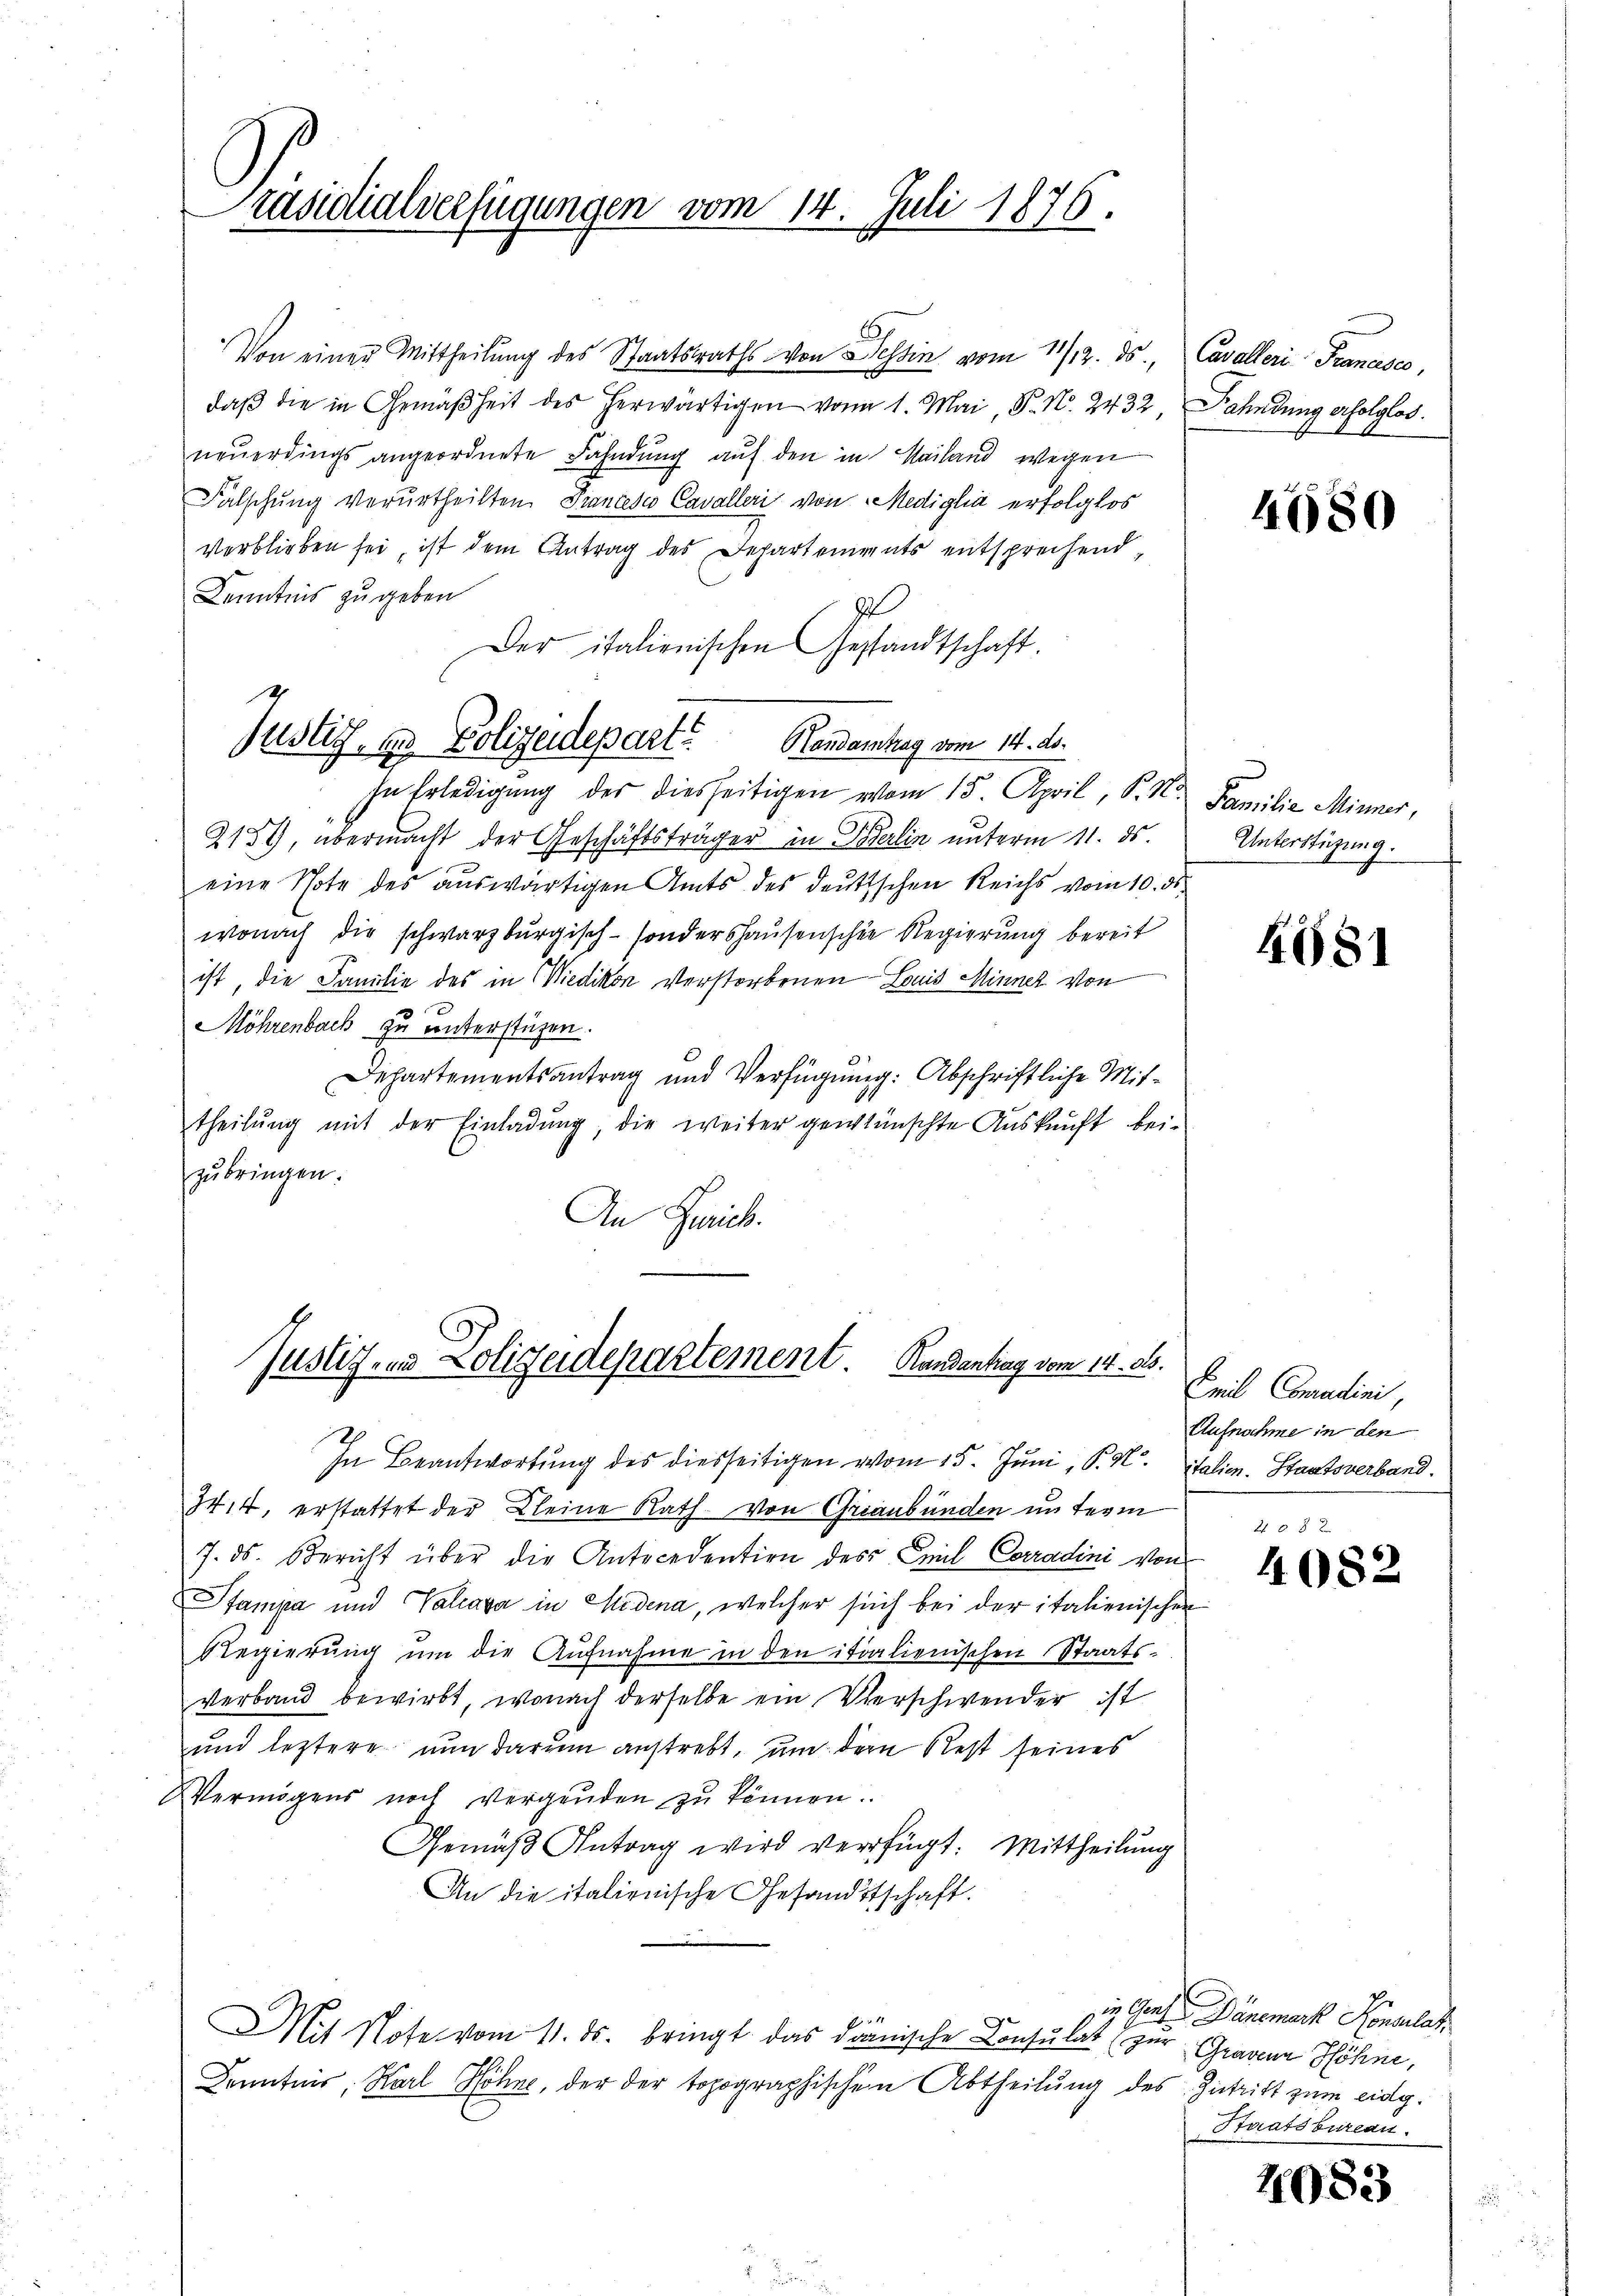
.
Präsidialverfügungen vom 14. Juli 1876.

Von einen Mittheilung des Staatsraths von Tessin vom 11/12. ds., Cavalleri Francesco,
daβ die in Gemäßheit des herwärtigen von 1. Mai, P. N. 2432, Fahndung erfolglos.
neŭerdings angeordnete Fahndŭng aŭf den in Mailand wegen
Falschung verurtheilten Francese Cavalleri von Mediglia erfolglos
verblieben sei, ist dem Antrag des Departements entsprechend,
Kenntnis zu geben
9
Der italienischen Gestandtschaft.
In Erledigung der diesseitigen vom 15. April, P. Nr. Familie Minner,
2189, übermacht der Geschäftsträger in Berlin unterm 11. ds. Unterstigung.
eine Phote des auswärtigen Amts des deutischen Reichs vom 10. ds.
wonach die schwarzburgisch-sondershausenschen Regierung bereit
ist, die Familie des in Wiedikon verstorbenen Bais Minnet von
Möhrenbach zu unterstüzen.
Departementsantrag und Verfügung: Abschriftliche Mittheilung mit der Einladung, die weiter gewünschte Auskunft bei-
zŭbringen.
An Gerich.

Justiz- & Polizeidepart Handamtag vom 14. ds.

Justiz- und Polizeidepartement Randantrag vom 14. d.

In Beantwortung des diesseitigen vom 15. Juni, P. M. Italien. Staatsverband.
344, erstattet der Kleine Rath von Graubünden im Term
7. ds. Bericht über die Antecedention des Emil Conradini von
Stampa und Valcava in Medena, welcher sich bei der italienischen
Regierŭng ŭm die Aufnahme in den italienischen Staatsverband bewirbt, wonach derselbe ein Verschwender ist
und leztere nun darum anstrebt, um der Rest seines
Vermögens noch vergenden zu können.
Gemäβ Antrag wird verfügt: Mittheilung
An die italienische Gesandtschaft.
e
Mit Note vom 11. ds. bringt das dänische Consulat (zur Graden Höhne,
Kenntnis, Karl Höhne, der der topographischen Abtheilung des Zutritt zum eidg.

4680

1681

Teil Comudini
Aufnahme in den

4082

in Graf Dänemark Konsulat
Staatsbureau.

2083